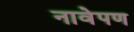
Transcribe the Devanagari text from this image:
नावेपण